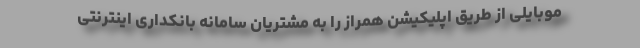
موبایلی از طریق اپلیکیشن همراز را به مشتریان سامانه بانکداری اینترنتی